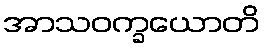
အာသဝက္ခယောတိ